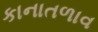
કાનાતળાવ